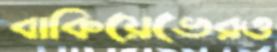
বাকিয়েভেরও